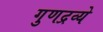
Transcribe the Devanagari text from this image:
गुणद्रव्ये